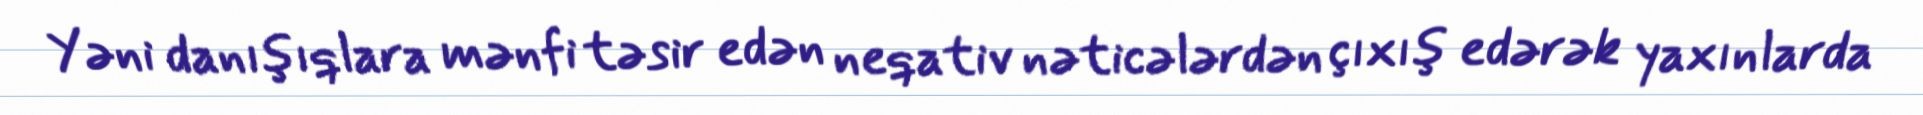
Yəni danışıqlara mənfi təsir edən neqativ nəticələrdən çıxış edərək yaxınlarda